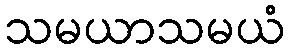
သမယာသမယံ